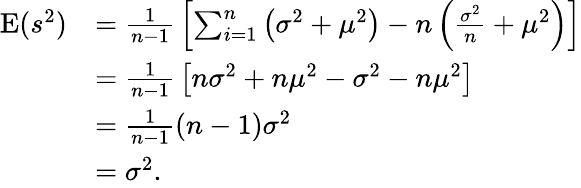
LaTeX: {\begin{array}{rl}{\operatorname{E}(s^{2})}&{={\frac{1}{n-1}}\left[\sum_{i=1}^{n}\left(\sigma^{2}+\mu^{2}\right)-n\left({\frac{\sigma^{2}}{n}}+\mu^{2}\right)\right]}\\ &{={\frac{1}{n-1}}\left[n\sigma^{2}+n\mu^{2}-\sigma^{2}-n\mu^{2}\right]}\\ &{={\frac{1}{n-1}}(n-1)\sigma^{2}}\\ &{=\sigma^{2}.}\end{array}}